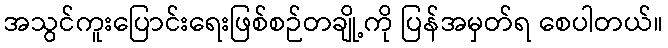
အသွင်ကူးပြောင်းရေးဖြစ်စဉ်တချို့ကို ပြန်အမှတ်ရ စေပါတယ်။